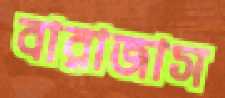
বারাজাস